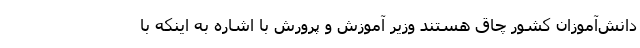
دانش‌آموزان کشور چاق هستند وزیر آموزش و پرورش با اشاره به اینکه با